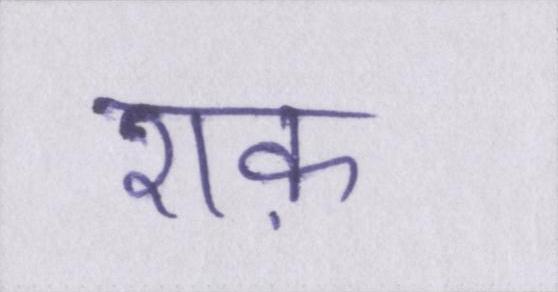
शक़